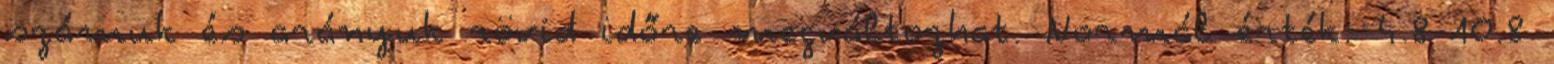
számuk és arányuk rövid időre megváltozhat. Normál érték: 4.8-10.8